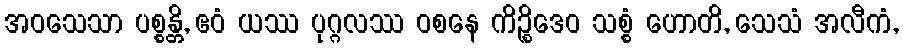
အဝသေသာ ပစ္စန္တိ, ဧဝံ ယဿ ပုဂ္ဂလဿ ဝစနေ ကိဉ္စိဒေဝ သစ္စံ ဟောတိ, သေသံ အလီကံ,